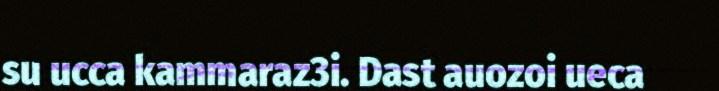
su ucca kammaraz3i. Dast auozoi ueca